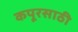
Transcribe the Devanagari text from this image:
कपूरसाठी